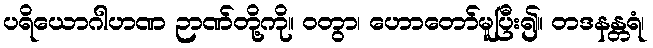
ပရိယောဂါဟဏ ဉာဏ်တို့ကို။ ဝတွာ၊ ဟောတော်မူပြီး၍။ တဒနန္တရံ၊